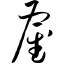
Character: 雇